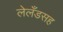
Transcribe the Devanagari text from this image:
लेलँडसह